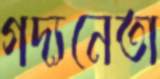
গদ্যনেতা